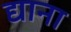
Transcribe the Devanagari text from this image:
द्याना